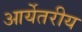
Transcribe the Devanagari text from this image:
आर्येतरीय